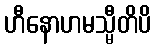
ဟီနောဟမသ္မီတိပိ